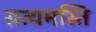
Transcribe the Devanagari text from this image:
सत्यमस्ति